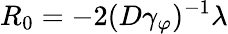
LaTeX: R_{0}=-2(D\gamma_{\varphi})^{-1}\lambda